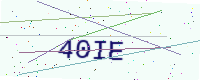
Text: 40IE